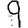
Digit: 9